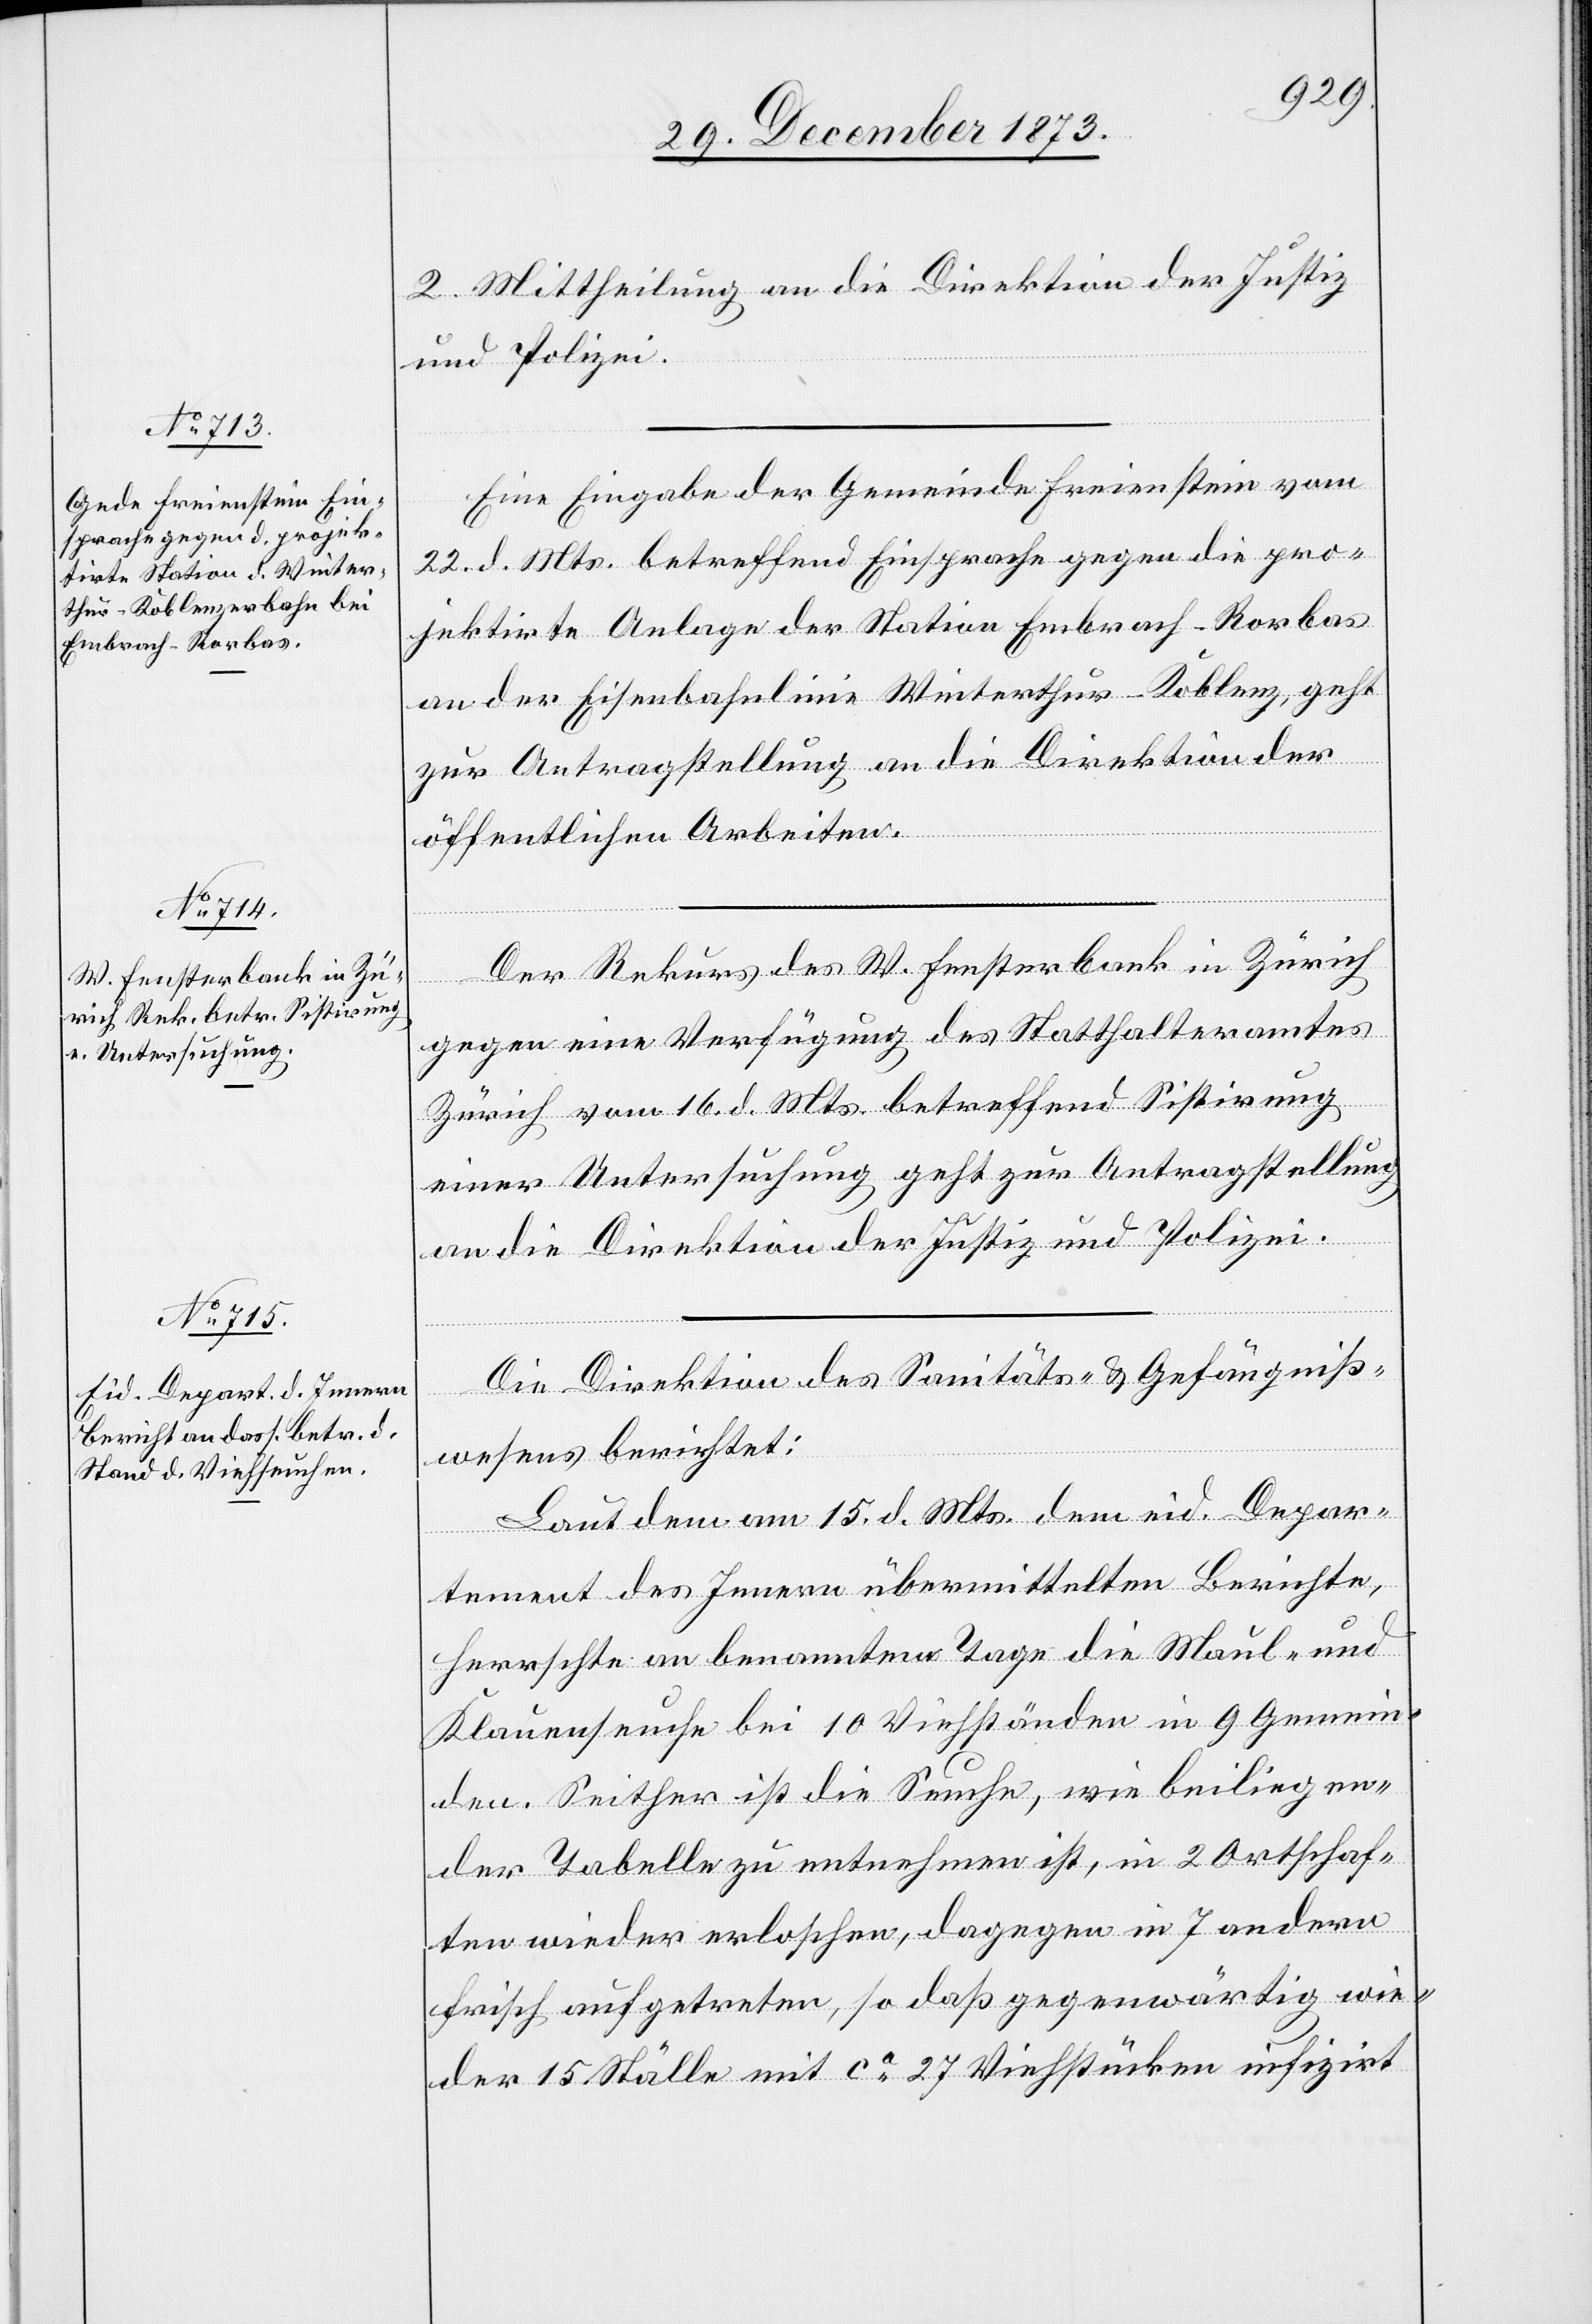
31. December 1873.]
2. Mittheilung an die Direktion der Justiz
und Polizei.
Eine Eingabe der Gemeinde Freienstein vom
22. d. Mts. betreffend Einsprache gegen die pro¬
jektirte Anlage der Station Embrach-Rorbas
an der Eisenbahnlinie Winterthur–Koblenz, geht
zur Antragstellung an die Direktion der
öffentlichen Arbeiten.
Der Rekurs des W. Fensterbank in Zürich
ügungen
gegen eine Verfügung des Statthalteramtes
Zürich vom 16. d. Mts. betreffend Sistirung
einer Untersuchung geht zur Antragstellung
an die Direktion der Justiz und Polizei.
Die Direktion des Sanitäts- & Gefängniß¬
wesens berichtet:
Laut dem am 15. d. Mts. dem eid. Depar¬
tement des Innern übermittelten Berichte,
herrschte an benanntem Tage die Maul- und
Klauenseuche bei 10 Viehständen in 9 Gemein¬
den. Seither ist die Seuche, wie beiliegen¬
der Tabelle zu entnehmen ist, in 2 Ortschaf¬
ten wieder erloschen, dagegen in 7 andern
frisch aufgetreten, so daß gegenwärtig wie¬
der 15 Ställe mit ca 27 Viehstücken infizirt